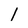
Character: 1